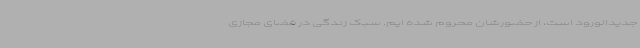
جدیدالورود است، از حضورشان محروم شده ایم. سبک زندگی در فضای مجازی